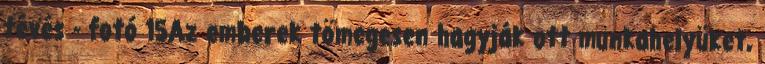
tévés - fotó 15Az emberek tömegesen hagyják ott munkahelyüket,